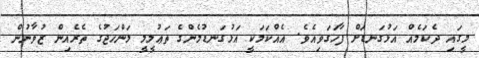
މީގައި ދެކަމެއް އަޅުގަނޑަށް ފާހަގަވިއެވެ. އެއްކަމަކީ އަޅުގަނޑުމެންގެ ތަޢުލީމީ މަންހަޖުގެ ތެރެއިން ޒުވާނުން